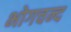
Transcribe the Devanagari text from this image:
भोगचन्द